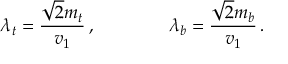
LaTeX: \lambda _ { t } = \frac { \sqrt { 2 } m _ { t } } { v _ { 1 } } \, , \qquad \qquad \lambda _ { b } = \frac { \sqrt { 2 } m _ { b } } { v _ { 1 } } \, .